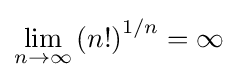
\lim _{n\to \infty }\left(n!\right)^{1/n}=\infty